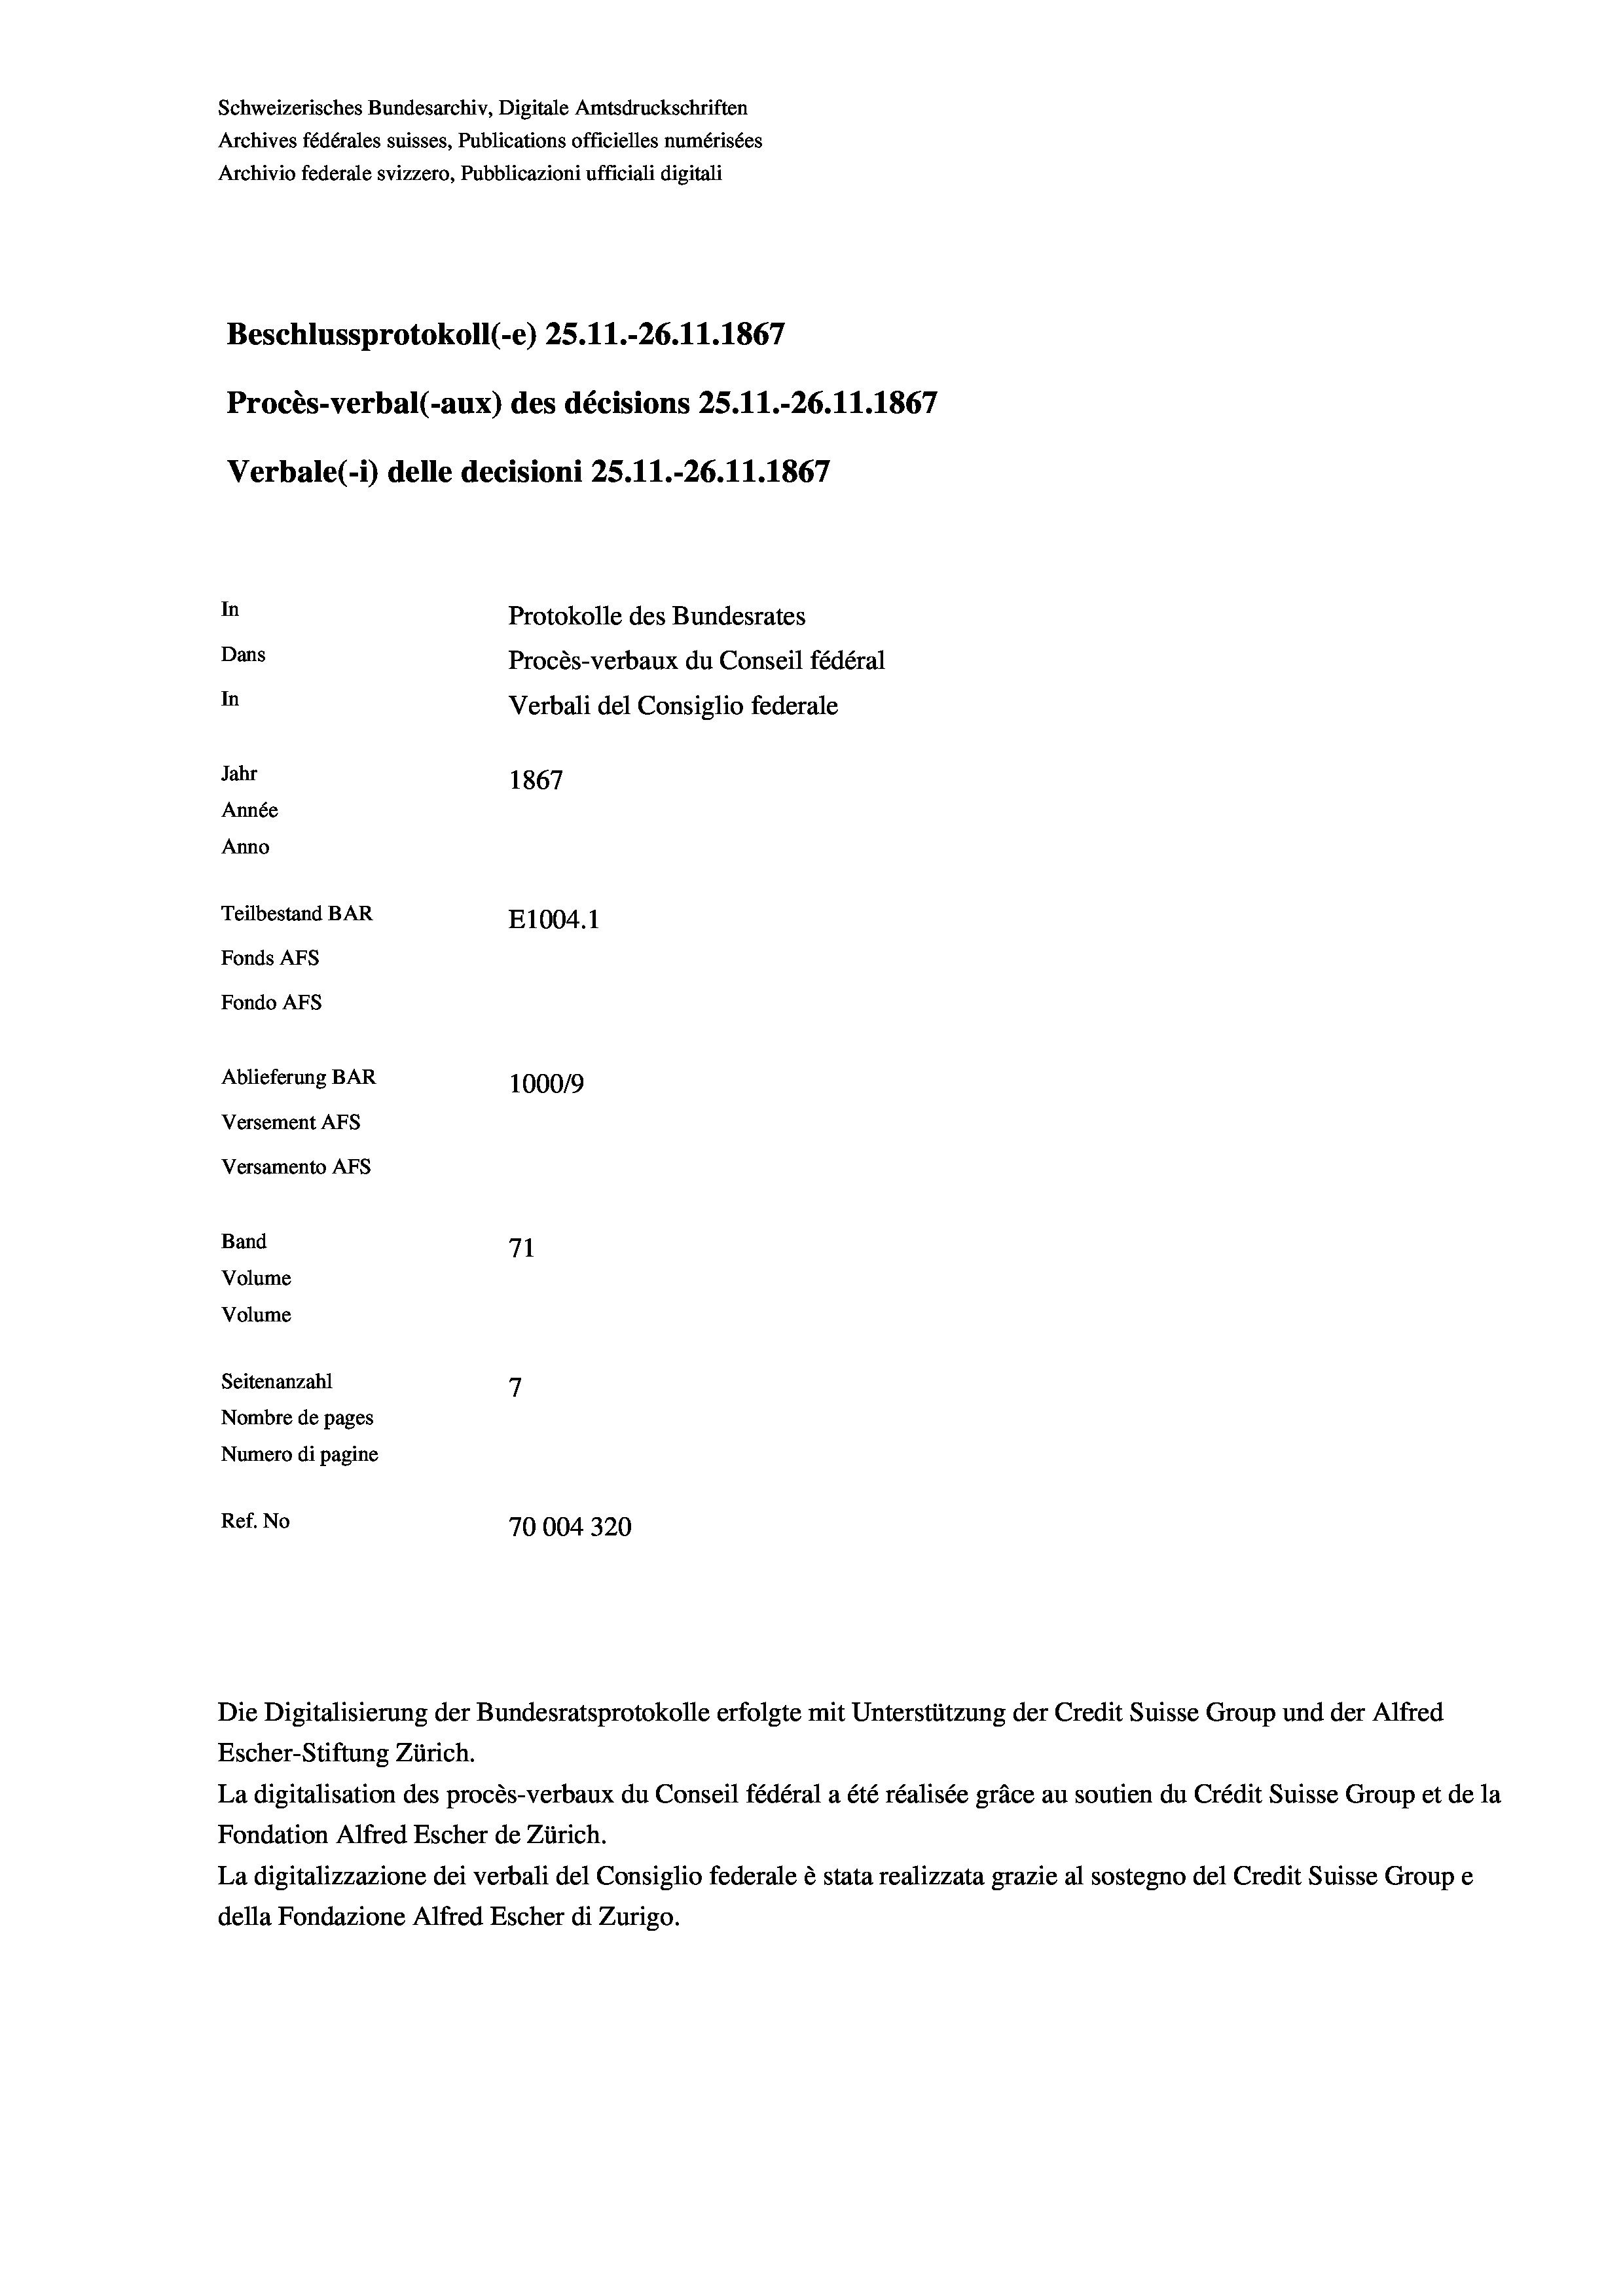
Schweizerisches Bundesarchiv, Digitale Amtsdruckschriften
Archives fédérales suisses, Publications officielles numérisées
Archivio federale svizzero, Pubblicazioni ufficiali digitali
Beschlussprotokoll (-e) 25.11.-26.11.1867
Procès-verbal (-aux) des décisions 25.11.-26.11.1867
Verbale (i) delle decisioni 25.11.-26.11.1867
In
Protokolle des Bundesrates
Dans
Procès-verbaux du Conseil fédéral
In
Verbali del Consiglio federale
Jahr
1867
Année
Anno
Teilbestand BAR
E1004.1
Fonds AFs
Fondo AFs
Ablieferung BAR
100019
Versement AFs
Versamento AFs
Band
71

7
Nombre de pages
Numero di pagine
Ref. No
70004320

Volume
Volume
Seitenanzahl

La digitalisation des procès-verbaux du Conseil fédéral a été réalisée gräce au soutien du Crédit Suisse Group et de la
Fondation Alfred Escher de Zürich.
La digitalizzazione dei verbali del Consiglio federale è stata realizzata grazie al sostegno del Credit Suisse Groupe
della Fondazione Alfred Escher di Zurigo.

Escher-Stiftung Zürich.

Die Digitalisierung der Bundesratsprotokolle erfolgte mit Unterstützung der Credit Suisse Group und der Alfred